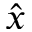
\hat { x }